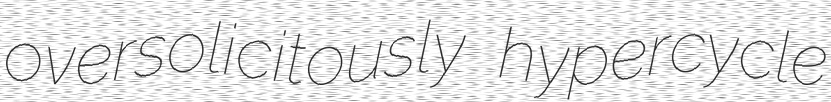
oversolicitously hypercycle